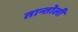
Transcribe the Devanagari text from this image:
तान्तोली